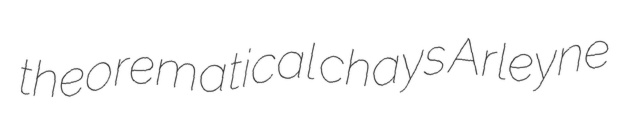
theorematical chays Arleyne